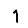
Digit: 1